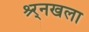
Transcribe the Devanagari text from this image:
श्र्र्नखला